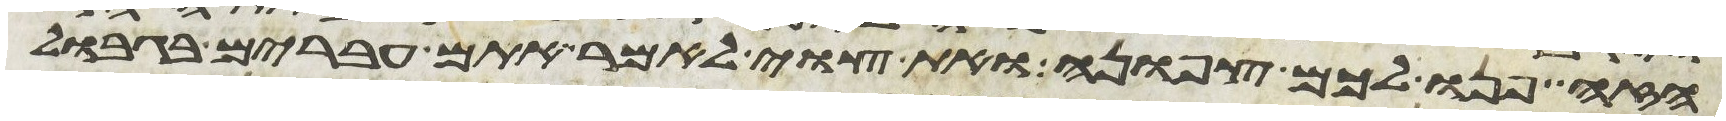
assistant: הזה פנו לכם צפונה ואת העם צוי לאמר אתם עברים בגבול